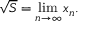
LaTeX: { \sqrt { S } } = \operatorname* { l i m } _ { n \to \infty } x _ { n } .